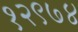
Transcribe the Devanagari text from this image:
१२९७४